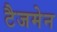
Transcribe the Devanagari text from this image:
टैजमेन